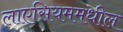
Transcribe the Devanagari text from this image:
लाएसियममधील